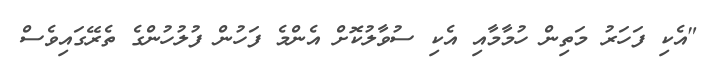
"އެކި ފަހަރު މަތިން ހުމާމާއި އެކި ސުވާލުކޮށް އެންމެ ފަހުން ފުލުހުންގެ ތެރޭގައިވެސް